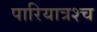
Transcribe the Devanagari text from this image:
पारियात्रश्च